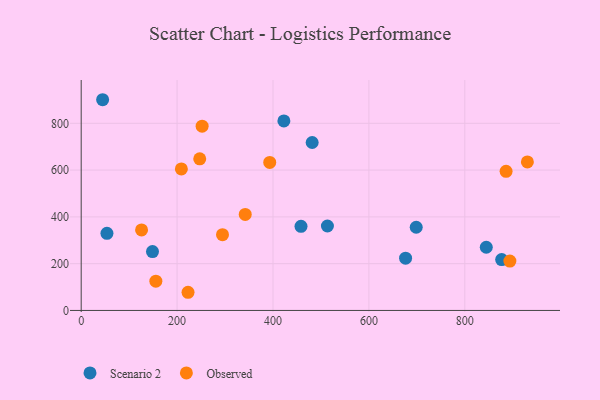
{"axis": {"x": "Speed", "y": "Exam Score"}, "legend": ["Observed", "Scenario 2"], "data": [{"x": "844.8", "y": 270.1, "type": "Scenario 2"}, {"x": "698.7", "y": 355.6, "type": "Scenario 2"}, {"x": "513.5", "y": 361.1, "type": "Scenario 2"}, {"x": "422.7", "y": 810.2, "type": "Scenario 2"}, {"x": "148.7", "y": 251.5, "type": "Scenario 2"}, {"x": "676.5", "y": 223.5, "type": "Scenario 2"}, {"x": "53.7", "y": 329.7, "type": "Scenario 2"}, {"x": "458.4", "y": 359.5, "type": "Scenario 2"}, {"x": "876.9", "y": 217.5, "type": "Scenario 2"}, {"x": "44.7", "y": 900.8, "type": "Scenario 2"}, {"x": "481.7", "y": 717.9, "type": "Scenario 2"}, {"x": "247.2", "y": 648.2, "type": "Observed"}, {"x": "342.1", "y": 410.6, "type": "Observed"}, {"x": "155.7", "y": 125.1, "type": "Observed"}, {"x": "125.9", "y": 344.4, "type": "Observed"}, {"x": "393.2", "y": 632.7, "type": "Observed"}, {"x": "886.1", "y": 594.9, "type": "Observed"}, {"x": "894.0", "y": 211.0, "type": "Observed"}, {"x": "222.8", "y": 77.7, "type": "Observed"}, {"x": "930.5", "y": 635.0, "type": "Observed"}, {"x": "252.2", "y": 787.8, "type": "Observed"}, {"x": "294.7", "y": 323.8, "type": "Observed"}, {"x": "208.9", "y": 605.0, "type": "Observed"}]}